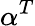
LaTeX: \alpha^{T}